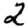
Digit: 2